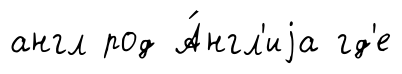
англ род А́нгл'иjа гд'е